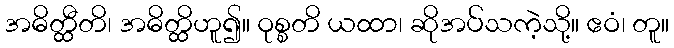
အဓိတ္ထီတိ၊ အဓိတ္ထိဟူ၍။ ဝုစ္စတိ ယထာ၊ ဆိုအပ်သကဲ့သို့။ ဧဝံ၊ တူ။